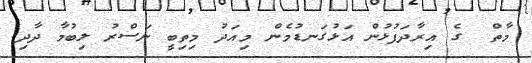
މާތް  ގެ އިރާދަފުޅުން އަޅުގަނޑުމެން މިއަދު މިތިބީ ނަސްރު ލިބުމާ ދާދި